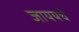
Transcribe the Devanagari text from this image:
जाययचे